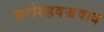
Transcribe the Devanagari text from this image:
सरोरुहवज्रवाद